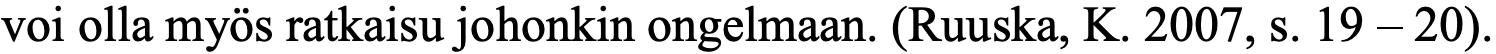
voi olla myös ratkaisu johonkin ongelmaan. (Ruuska, K. 2007, s. 19 – 20).